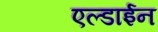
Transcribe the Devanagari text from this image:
एल्डाईन